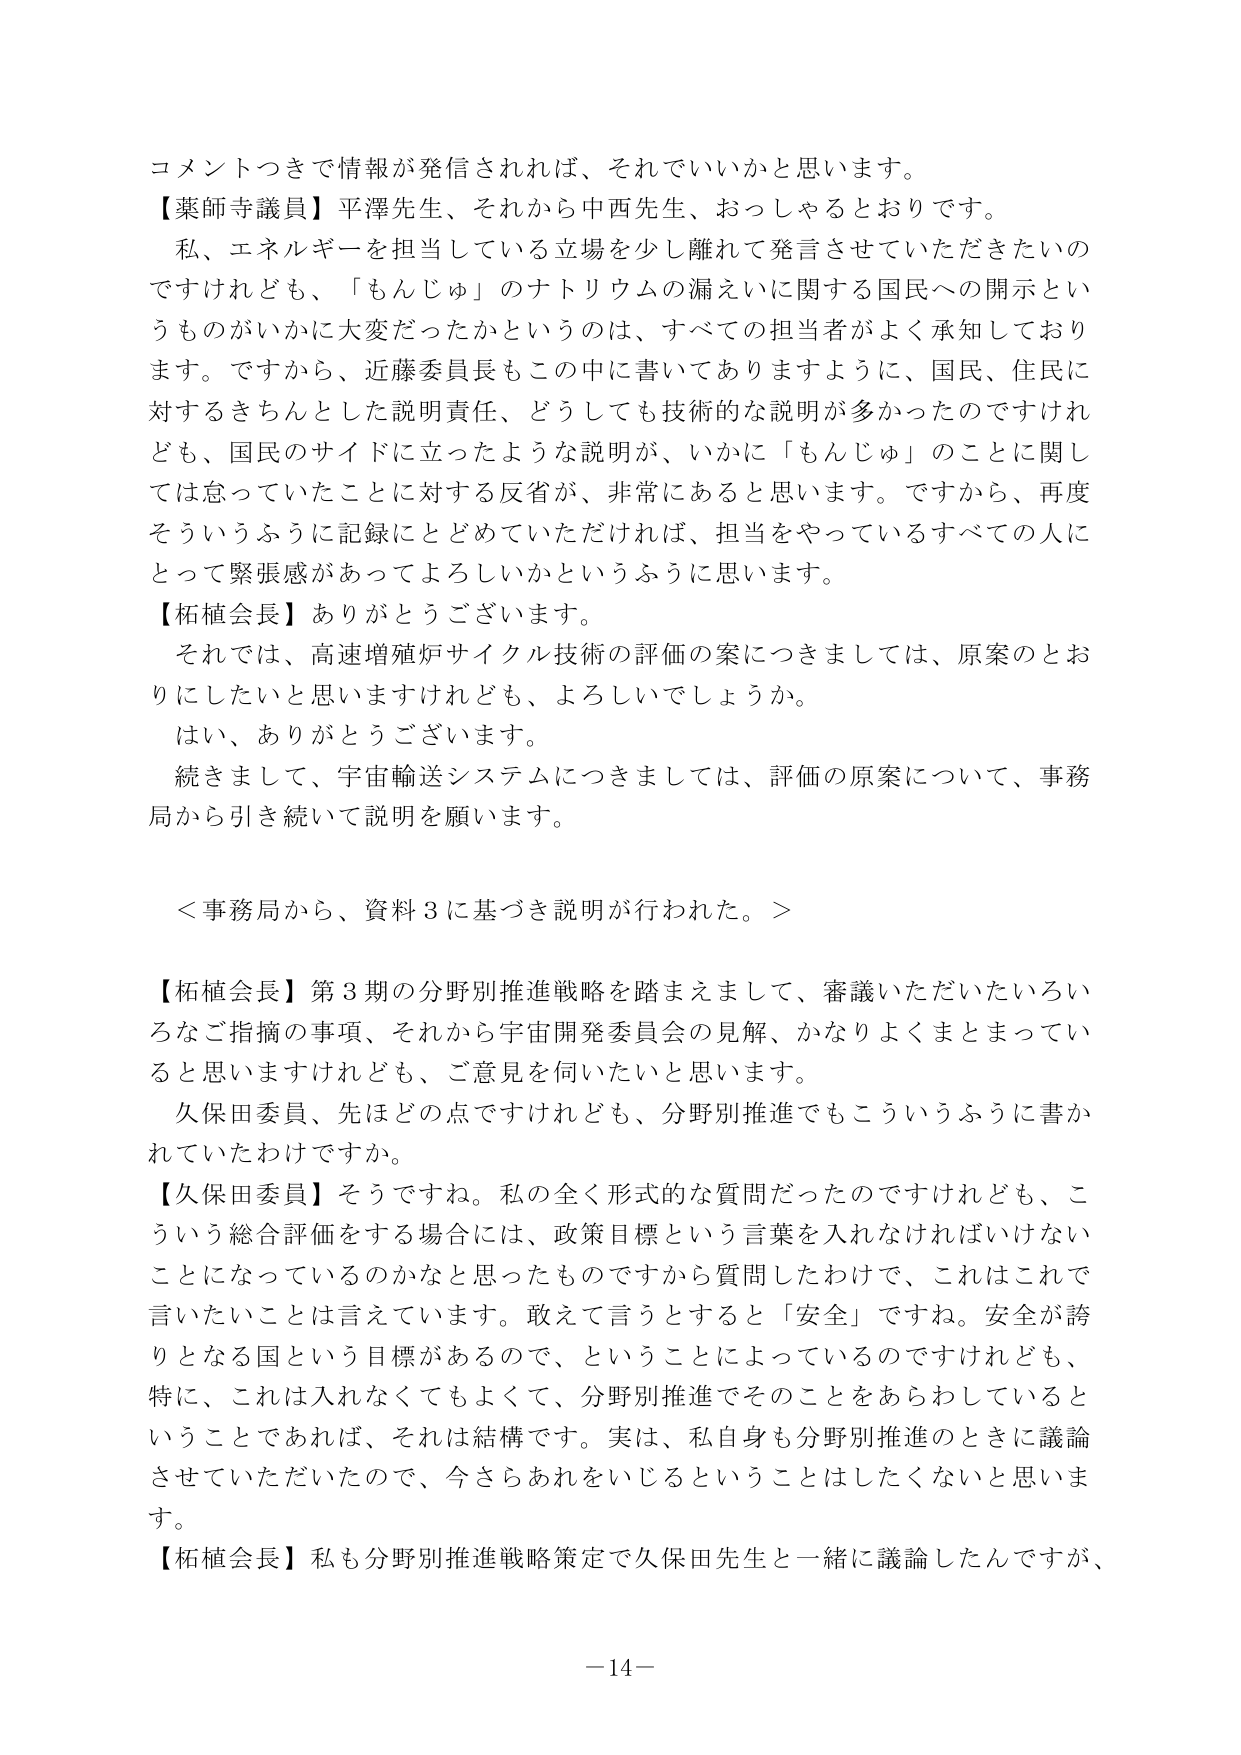
コメントつきで情報が発信されれば、それでいいかと思います。
【薬師寺議員】平澤先生、それから中西先生、おっしゃるとおりです。
私、エネルギーを担当している立場を少し離れて発言させていただきたいのですけれども、「もんじゅ」のナトリウムの漏えいに関する国民への開示というものがいかに大変だったかというのは、すべての担当者がよく承知しております。ですから、近藤委員長もこの中に書いてありますように、国民、住民に対するきちんとした説明責任、どうしても技術的な説明が多かったのですけれども、国民のサイドに立ったような説明が、いかに「もんじゅ」のことに関しては怠っていたことに対する反省が、非常にあると思います。ですから、再度そういうふうに記録にとどめていただければ、担当をやっているすべての人にとって緊張感があってよろしいかというふうに思います。
【柘植会長】ありがとうございます。
それでは、高速増殖炉サイクル技術の評価の案につきましては、原案のとおりにしたいと思いますけれども、よろしいでしょうか。
はい、ありがとうございます。
続きまして、宇宙輸送システムにつきましては、評価の原案について、事務局から引き続いて説明を願います。

＜事務局から、資料３に基づき説明が行われた。＞

【柘植会長】第３期の分野別推進戦略を踏まえまして、審議いただいたいろいろなご指摘の事項、それから宇宙開発委員会の見解、かなりよくまとまっていると思いますけれども、ご意見を伺いたいと思います。
久保田委員、先ほどどの点ですけれども、分野別推進でもこういうふうに書かれていたわけですか。
【久保田委員】そうですね。私の全く形式的な質問だったのですけれども、こういう総合評価をする場合には、政策目標という言葉を入れなければならないことになっているのかなと思ったものですから質問したわけで、これはこれで言いたいことは言えています。敢えて言うとすると「安全」ですね。安全が誇りとなる国という目標があるので、ということによっているのですけれども、特に、これは入れなくてもよくて、分野別推進でそのことをあらわしているということであれば、それは結構です。実は、私自身も分野別推進のときに議論させていただいたので、今さらあれをいじるということはしたくないと思います。
【柘植会長】私も分野別推進戦略策定で久保田先生と一緒に議論したんですが、

－14－